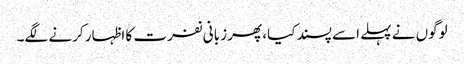
لوگوں نے پہلے اسے پسند کیا، پھر زبانی نفرت کا اظہار کرنے لگے۔